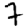
Digit: 7